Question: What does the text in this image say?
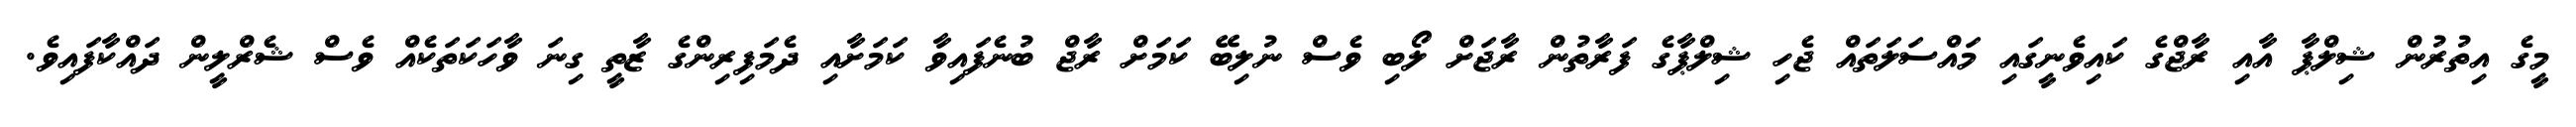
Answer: މީގެ އިތުރުން ޝިލްޕާ އާއި ރާޖްގެ ކައިވެނީގައި މައްސަލަތައް ޖެހި ޝިލްޕާގެ ފަރާތުން ރާޖަށް ލޯބި ވެސް ނުލިބޭ ކަމަށް ރާޖް ބުނެފައިވާ ކަމަށާއި ދެމަފިރިންގެ ޒާތީ ގިނަ ވާހަކަތަކެއް ވެސް ޝެރްލީން ދައްކާފައިވެ.